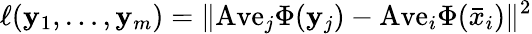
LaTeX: \ell(\mathbf{y}_{1},\ldots,\mathbf{y}_{m})=\| \mathrm{{Ave}}_{j}\Phi(\mathbf{y}_{j})-\mathrm{{Ave}}_{i}\Phi(\bar{{x}}_{i})\| ^{2}